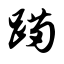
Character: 蹒